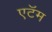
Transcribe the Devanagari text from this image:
एटॅम